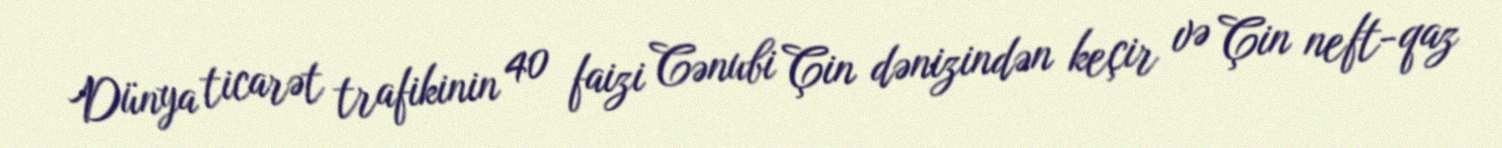
Dünya ticarət trafikinin 40 faizi Cənubi Çin dənizindən keçir və Çin neft-qaz